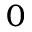
0